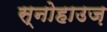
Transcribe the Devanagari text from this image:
स्नोहाउज़